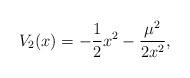
LaTeX: \begin{align*}V_{2}(x)=-{\frac{1}{2}}x^{2}-{\frac{\mu^{2}}{2x^{2}}},\end{align*}